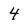
Character: 4